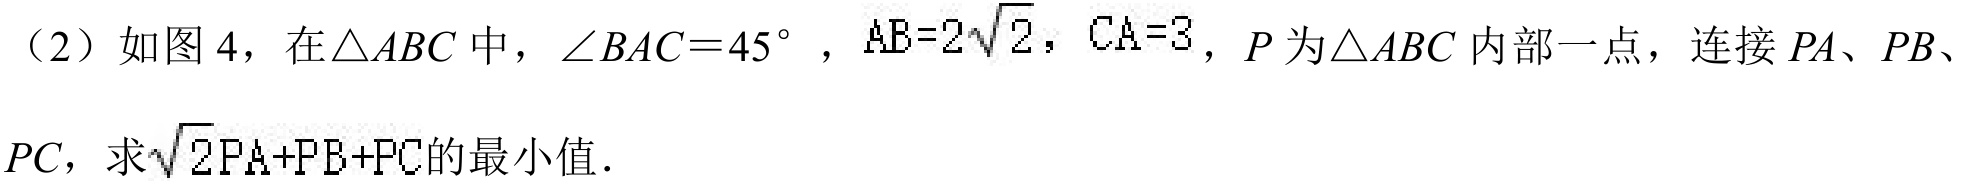
（2）如图 4，在\(\triangle ABC\)中，\(\angle BAC = 45^{\circ}\)，\(AB = 2\sqrt{2}\)，\(CA = 3\)，\(P\)为\(\triangle ABC\)内部一点，连接\(PA\)、\(PB\)、\(PC\)，求\(\sqrt{2}PA + PB + PC\)的最小值．